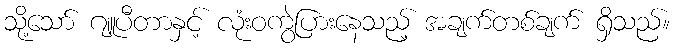
သို့သော် ဂျူပီတာနှင့် လုံးဝကွဲပြားနေသည့် အချက်တစ်ချက် ရှိသည်။